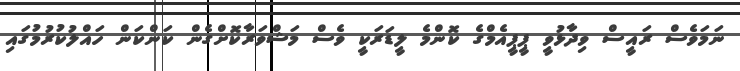
ނަމަވެސް ރައީސް ވިދާޅުވީ ޕީޕީއެމްގެ ކޮންމެ ލީޑަރަކީ ވެސް މަޝްވަރާކޮށްގެން ކަންކަން ހައްލުކުރުމުގައި